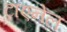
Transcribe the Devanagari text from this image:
ट्राएनेल